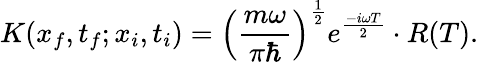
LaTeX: K(x_{f},t_{f};x_{i},t_{i})=\left({\frac{m\omega}{\pi\hbar}}\right)^{\frac{1}{2}}e^{\frac{-i\omega T}{2}}\cdot R(T).